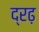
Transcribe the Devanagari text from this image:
द्रढ़